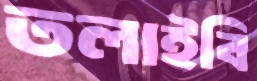
তলাইবি